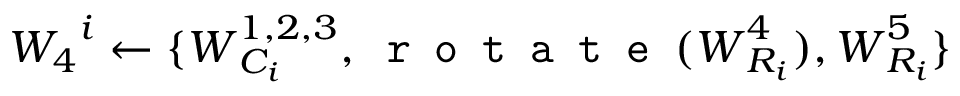
\boldsymbol { W _ { 4 } } ^ { i } \leftarrow \{ \boldsymbol { W } _ { C _ { i } } ^ { 1 , 2 , 3 } , \texttt { r o t a t e } ( \boldsymbol { W } _ { R _ { i } } ^ { 4 } ) , \boldsymbol { W } _ { R _ { i } } ^ { 5 } \}